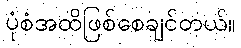
ပုံစံအထိဖြစ်စေချင်တယ်။